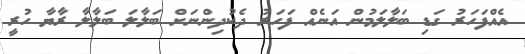
އެއްފަހަރު ގަޑި ބަލާލަމުން އަނެއް ފަހަރު ދެކުދިންނަށް ބަލާލަ ބަލާލާ ރާޔާ ހުރީ